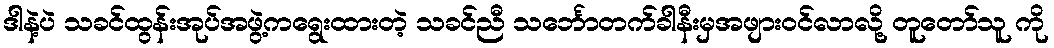
ဒါနဲ့ပဲ သခင်ထွန်းအုပ်အဖွဲ့ကရွေးထားတဲ့ သခင်ညီ သင်္ဘောတက်ခါနီးမှအဖျားဝင်လာလို့ တူတော်သူ ကို